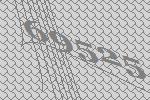
69525